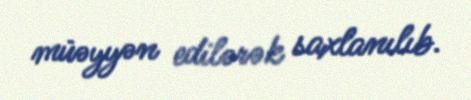
müəyyən edilərək saxlanılıb.